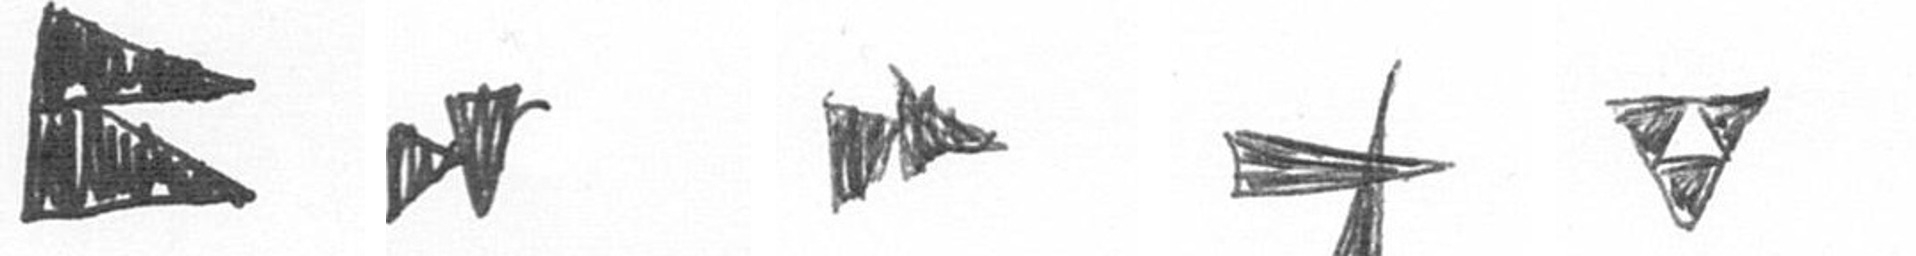
P M A G S